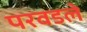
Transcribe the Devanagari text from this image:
परवडले